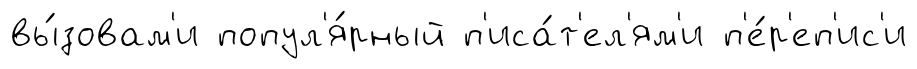
вы́зовам'и попул'я́рный п'иса́т'ел'ям'и п'е́р'еп'ис'и